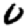
Digit: 0